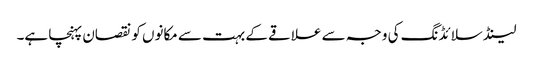
لینڈ سلائڈنگ کی وجہ سے علاقے کے بہت سے مکانوں کو نقصان پہنچا ہے۔